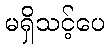
မရှိသင့်ပေ